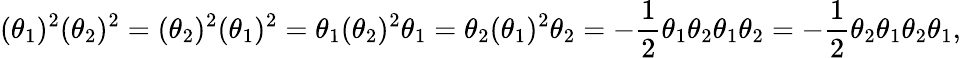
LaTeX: (\theta_{1})^{2}(\theta_{2})^{2}=(\theta_{2})^{2}(\theta_{1})^{2}=\theta_{1}(\theta_{2})^{2}\theta_{1}=\theta_{2}(\theta_{1})^{2}\theta_{2}=-{\frac{1}{2}}\theta_{1}\theta_{2}\theta_{1}\theta_{2}=-{\frac{1}{2}}\theta_{2}\theta_{1}\theta_{2}\theta_{1},